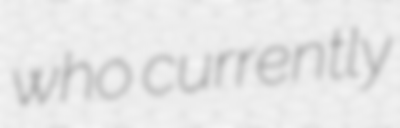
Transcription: who currently